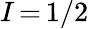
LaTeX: I\, {=}\, 1/2